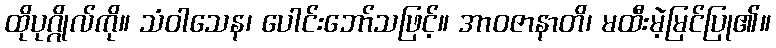
ထိုပုဂ္ဂိုလ်ကို။ သံဝါသေန၊ ပေါင်းဘော်သဖြင့်။ အာဝဇာနာတိ၊ မထီးမဲ့မြင်ပြု၏။